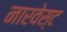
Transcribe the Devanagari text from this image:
नारवेस्ट